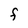
Character: F